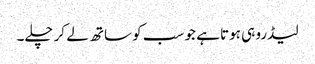
لیڈرو ہی ہوتا ہے جو سب کو ساتھ لے کر چلے۔